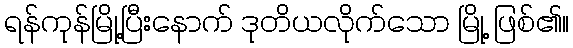
ရန်ကုန်မြို့ပြီးနောက် ဒုတိယလိုက်သော မြို့ ဖြစ်၏။